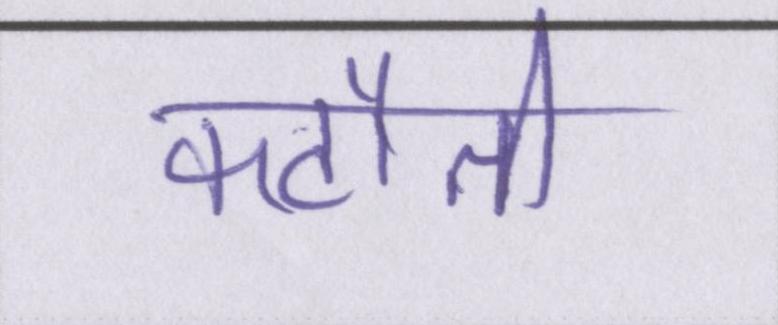
कटौती